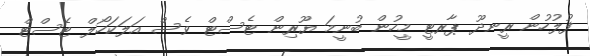
ފުލުހުން ރީނދޫ ޕާރޓީ މީހުން ބުނީމަ ޔޫރިން ޓެސްޓް ވެސް އަލަކަހޯލް ޓެސްޓް